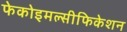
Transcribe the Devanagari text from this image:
फेकोइमल्सीफिकेशन